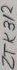
Text: ZTK312